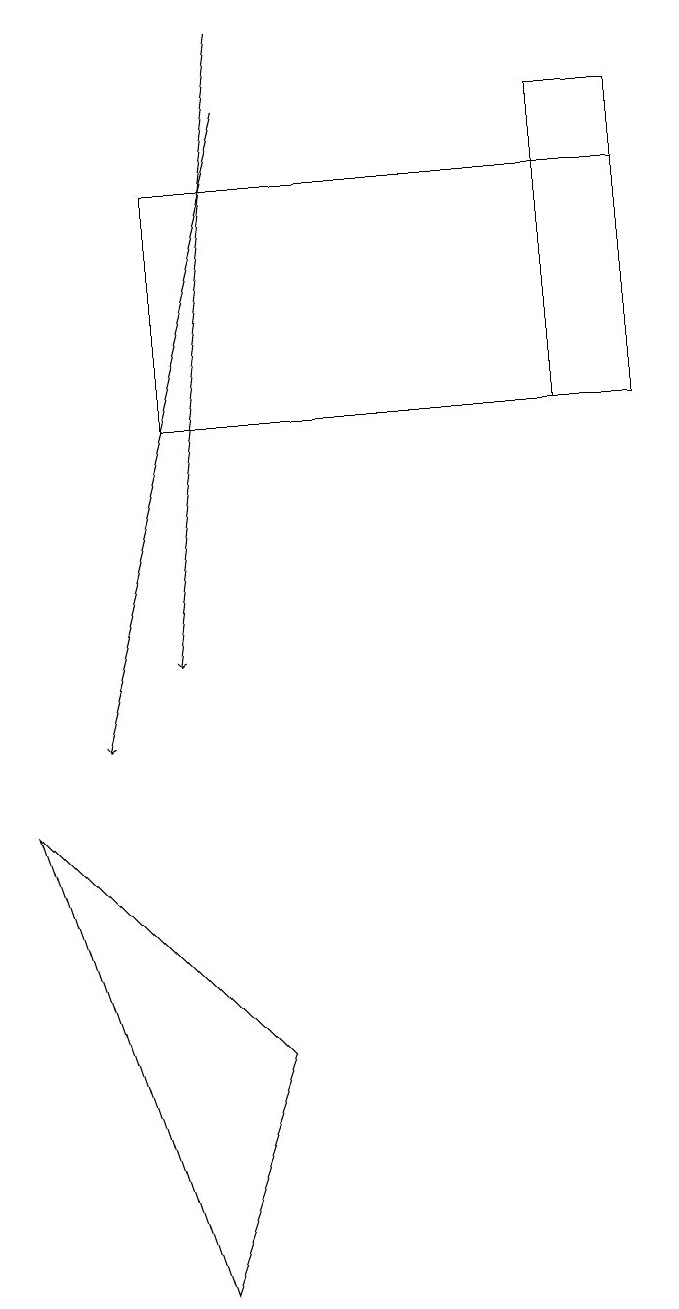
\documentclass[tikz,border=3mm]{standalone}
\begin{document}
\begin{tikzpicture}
\draw[->] (4,19) -- (3,11);
\draw (9,18) rectangle (8,14);
\draw[->] (4,18) -- (2,10);
\draw (9,14) rectangle (3,17);
\draw (1,9) -- (4,6) -- (3,3) -- cycle;
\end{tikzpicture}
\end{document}